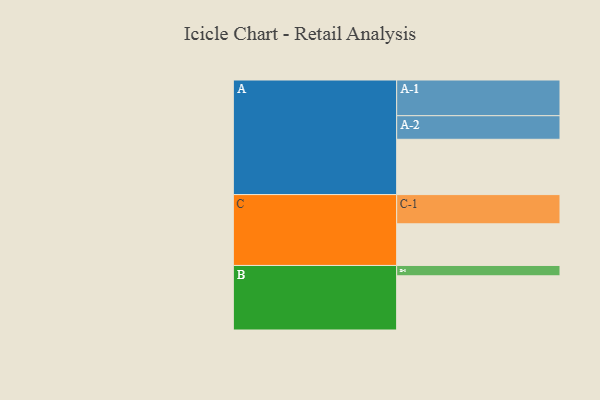
{"axis": {"x": "Segment", "y": "Value"}, "legend": ["", "A", "B", "C"], "data": [{"x": "A", "y": 401, "type": ""}, {"x": "B", "y": 393, "type": ""}, {"x": "C", "y": 302, "type": ""}, {"x": "A-1", "y": 259, "type": "A"}, {"x": "A-2", "y": 171, "type": "A"}, {"x": "B-1", "y": 75, "type": "B"}, {"x": "C-1", "y": 212, "type": "C"}]}